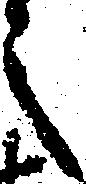
之